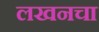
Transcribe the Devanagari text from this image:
लखनचा